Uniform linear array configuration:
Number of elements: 4
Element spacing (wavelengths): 1
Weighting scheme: uniform
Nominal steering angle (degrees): -30
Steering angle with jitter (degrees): -28.76
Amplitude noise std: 0.05
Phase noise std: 0.05

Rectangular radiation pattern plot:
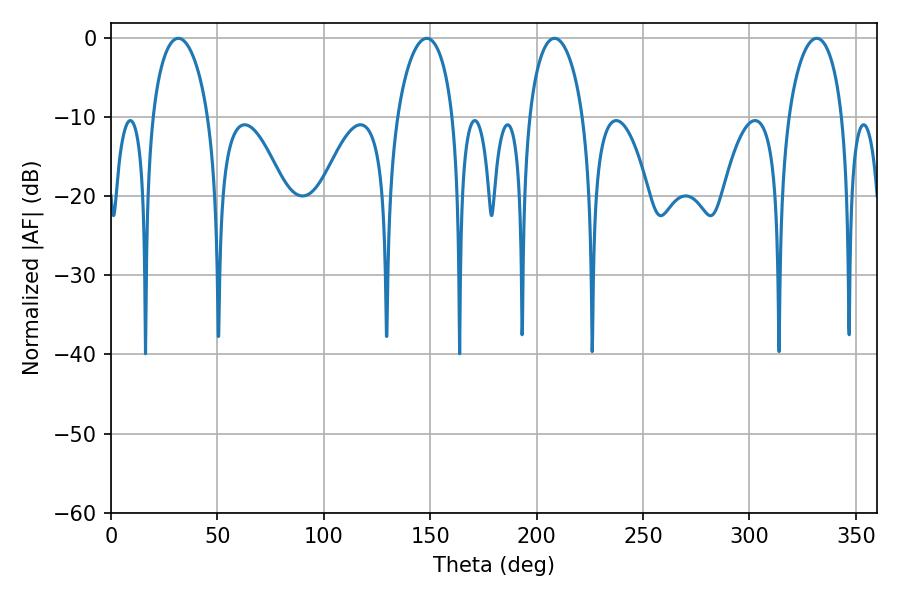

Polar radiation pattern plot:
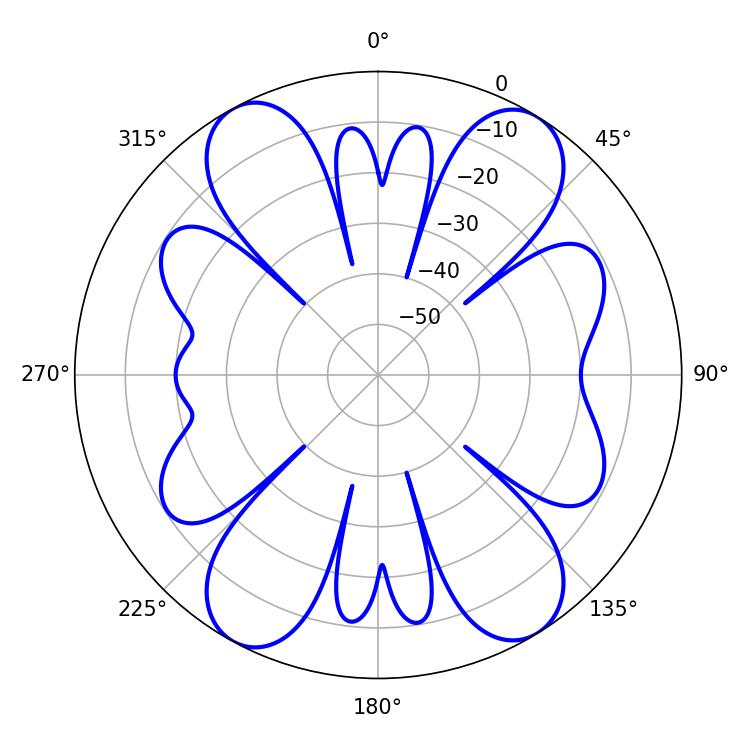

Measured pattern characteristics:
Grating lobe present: TRUE
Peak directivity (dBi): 16.848
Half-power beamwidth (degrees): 14.58
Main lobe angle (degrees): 331.56